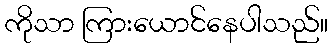
ကိုသာ ကြားယောင်နေပါသည်။